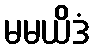
မမယိဒံ